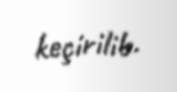
keçirilib.